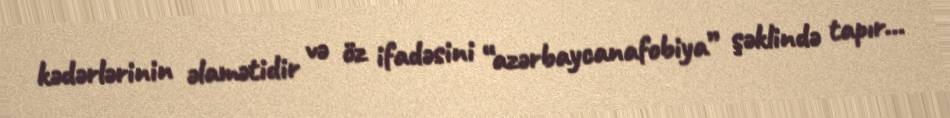
kədərlərinin əlamətidir və öz ifadəsini “azərbaycanafobiya” şəklində tapır...